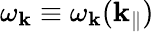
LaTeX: \omega_{\mathbf{k}}\equiv\omega_{\mathbf{k}}(\mathbf{k}_{\parallel})